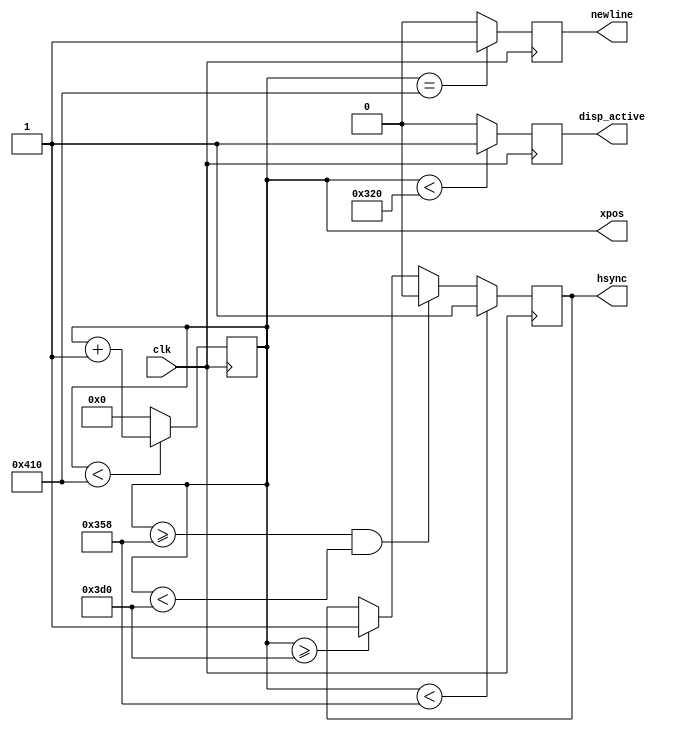
module hsync #(parameter a=800, //activ
								x=856,          //activ+front
								x_back=976,     //total-back
								x_total=1040)     //total
								(input clk, output [10:0] xpos, output reg hsync, disp_active, newline);

   
   reg [10:0] count = 11'b000_0000_0000;

   always @(posedge clk)
		if (count < x_total)
		  count  <= count + 1;
		else
		  count  <= 0;
   
   always @(posedge clk)
		if (count == x_total)
		  newline <= 1;
		else
		  newline <= 0;
		  
		 //assign newline_out = (count==0) ? 1 : 0;

   always @(posedge clk)
		if (count < a)
		   disp_active  <= 1;   //activ pe 1
		else
		   disp_active  <= 0;

   always @(posedge clk)
		if (count < x)
		  hsync <= 1;
		else 
		  if (count >= x && count < x_back)
		    hsync <= 0;
		  else 
		    if (count >= x_back)
		      hsync <= 1;
				 
   assign xpos = count;
   
endmodule